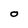
Character: O